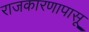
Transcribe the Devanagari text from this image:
राजकारणापासू